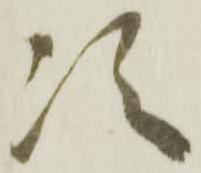
次